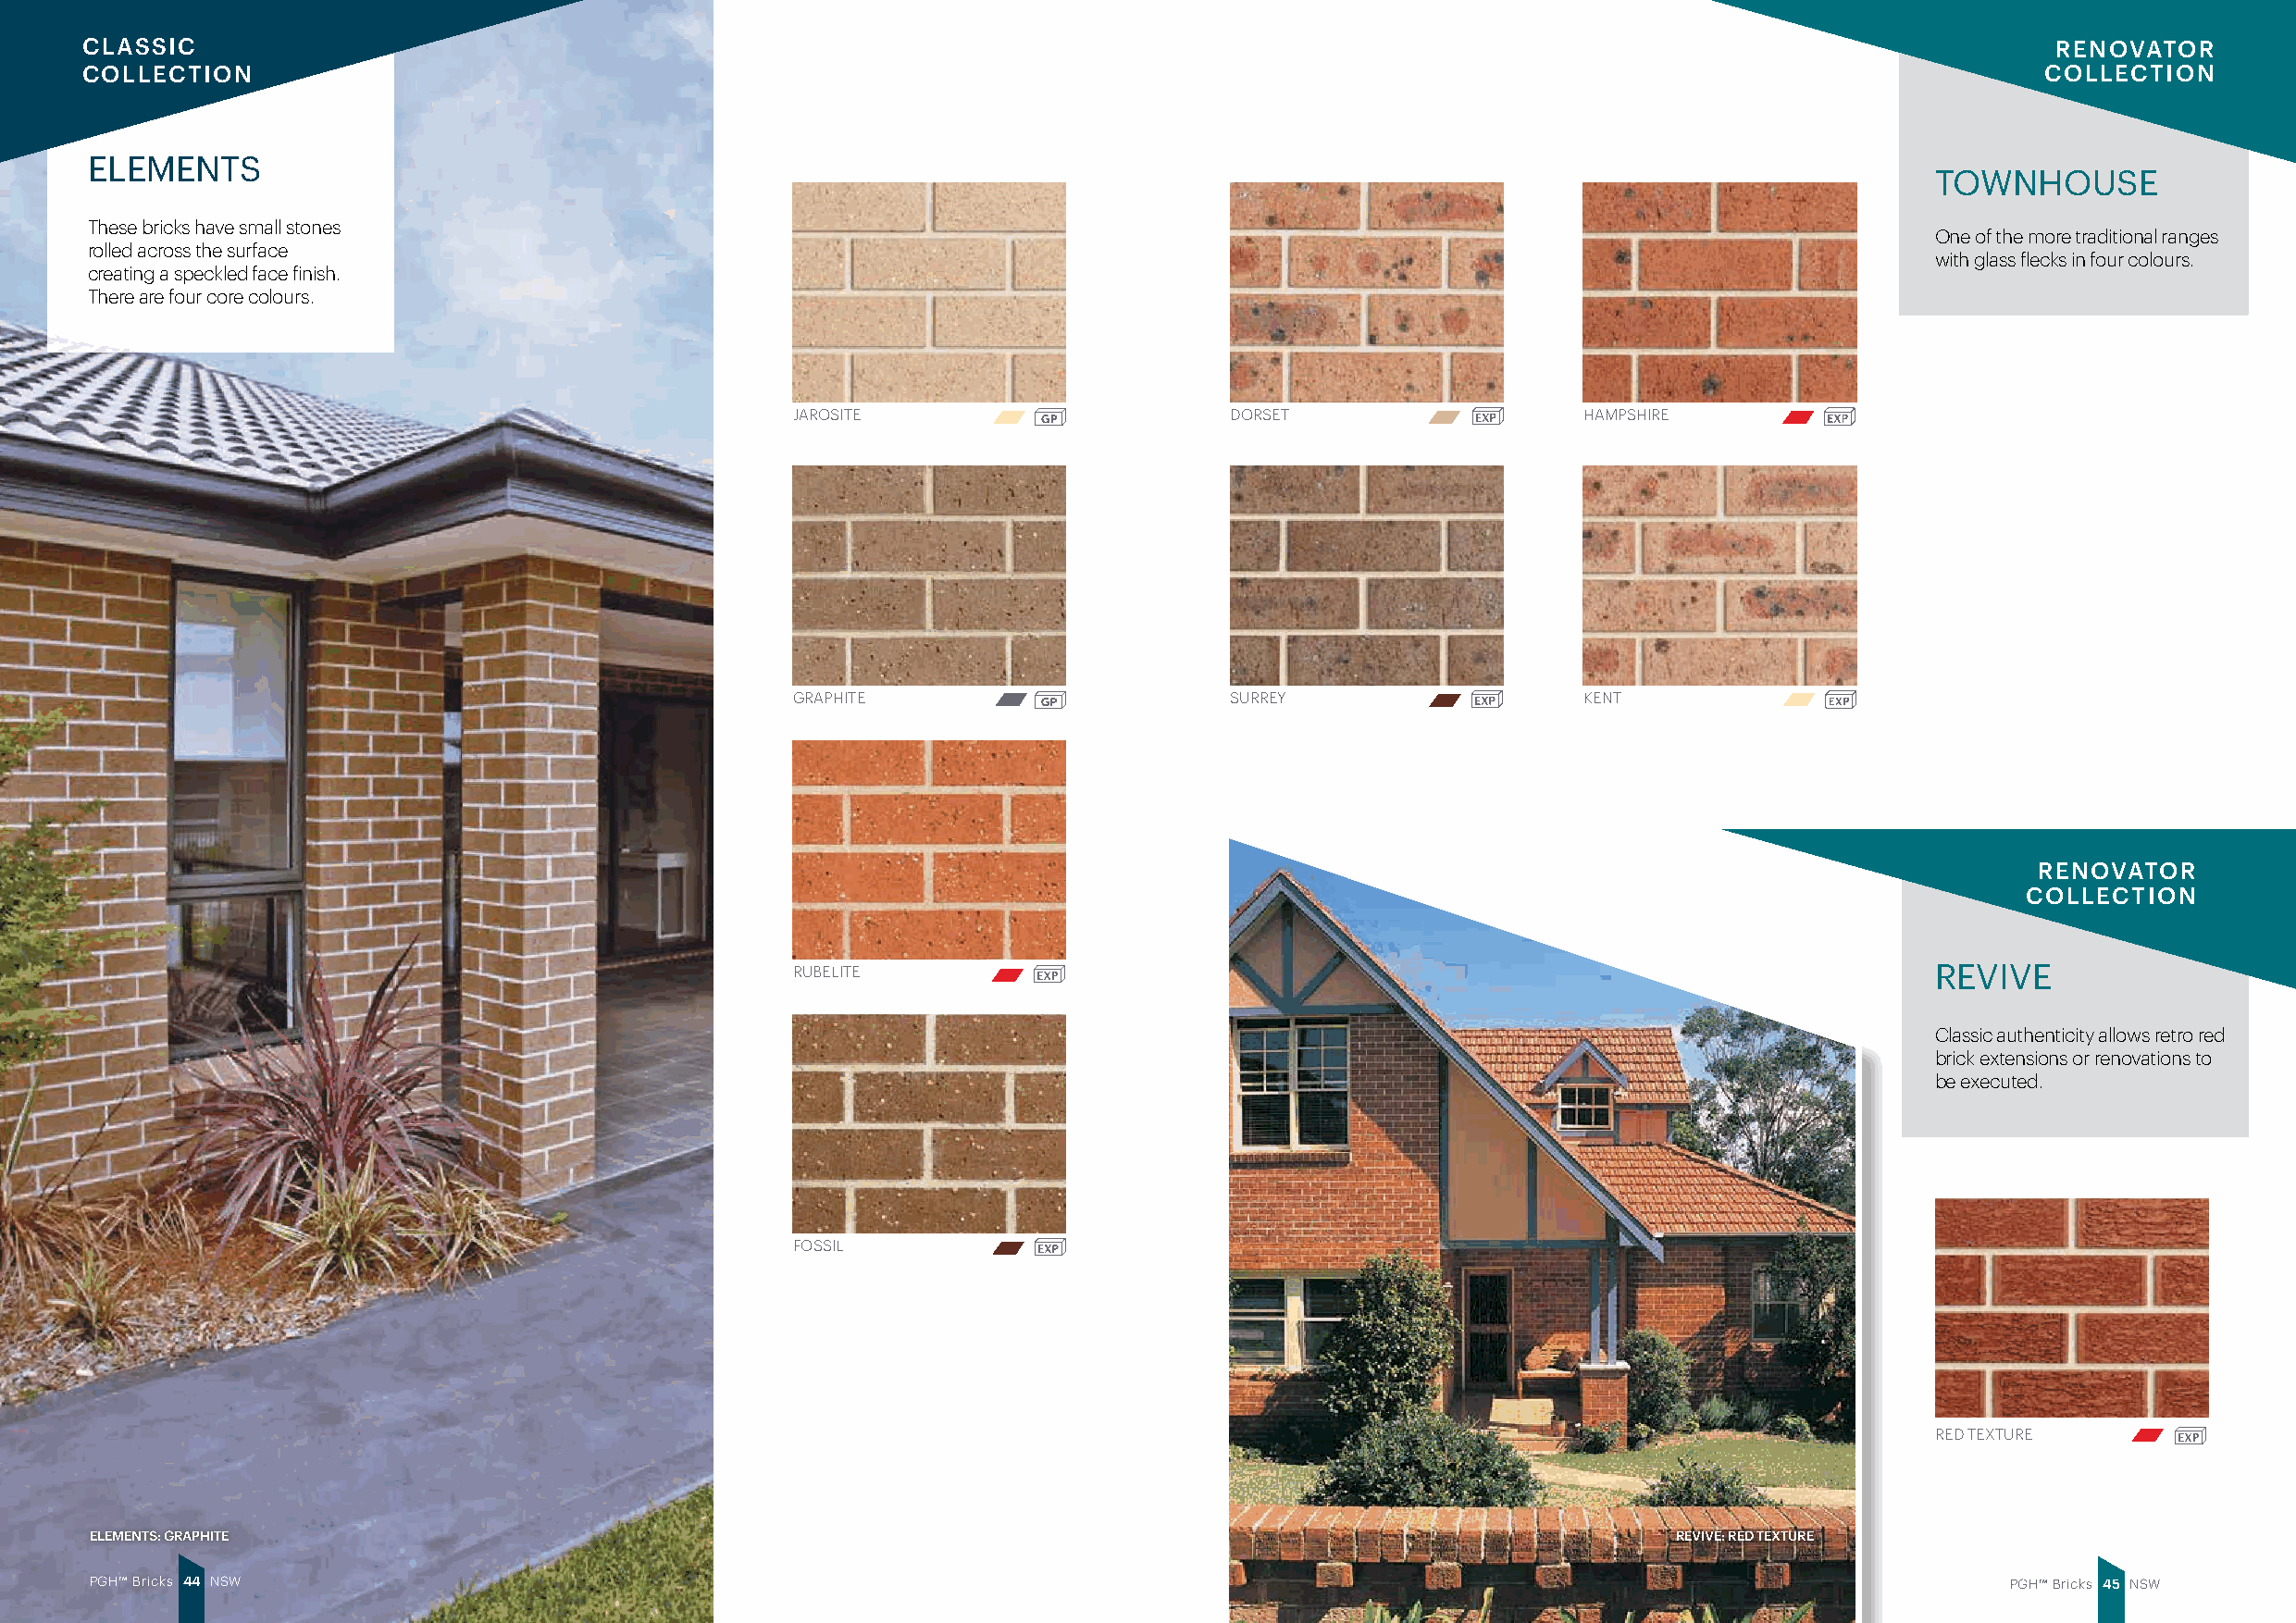
CLASSIC                                                                                                                                      RENOVATOR
 COLLECTION                                                                                                                                  COLLECTION
 ELEMENTS
 TOWNHOUSE
 These bricks have small stones
 One of the more traditional ranges
 rolled across the surface
 with glass flecks in four colours.
 creating a speckled face finish.
 There are four core colours.
 JAROSITE                       DORSET                   HAMPSHIRE
 GRAPHITE                       SURREY                   KENT
 RENOVATOR
 COLLECTION
 RUBELITE                                                                         REVIVE
 Classic authenticity allows retro red
 brick extensions or renovations to
 be executed.
 FOSSIL
 RED TEXTURE
 ELEMENTS: GRAPHITE                                                                                                REVIVE: RED TEXTURE
 PGH™ Bricks 4 4 NSW                                                                                                                       PGH™ Bricks 4 5 NSW